Black-water fever - Number 35
Disease focus: Fever
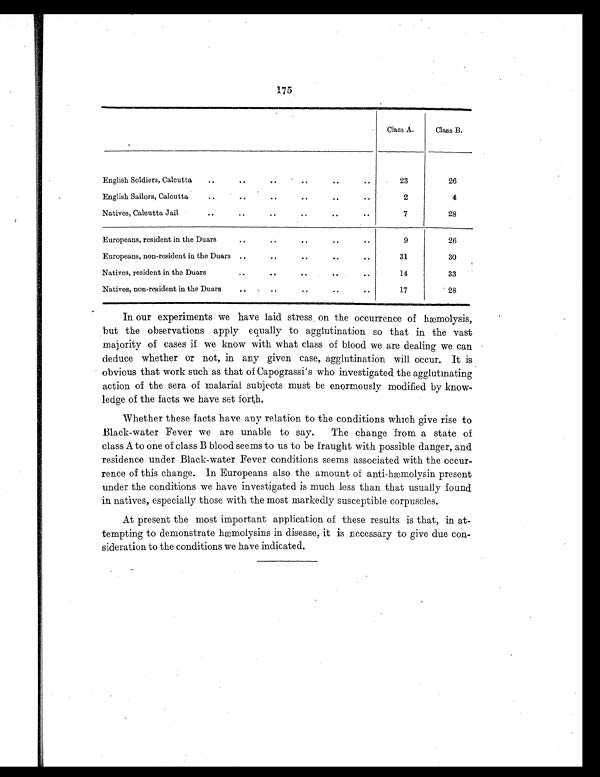
175
Class A.
Class B.
English Soldiers, Calcutta
..
. .
. .
. .
. .
..
23
26
English Sailors, Calcutta
..
. .
. .
. .
. .
. .
2
4
Natives, Calcutta Jail
..
..
..
..
. .
..
7
28
Europeans, resident in the Duars
..
..
..
. .
..
9
26
Europeans, non-resident in the Duars
. .
. .
. .
. .
. .
31
30
Natives, resident in the Duars
. .
. .
. .
. .
. .
14
33
Natives, non-resident in the Duars
..
..
. .
. .
. .
17
28
In our experiments we have laid stress on the occurrence of hæmolysis,
but the observations apply equally to agglutination so that in the vast
majority of cases if we know with what class of blood we are dealing we can
deduce whether or not, in any given case, agglutination will occur. It is
obvious that work such as that of Capograssi's who investigated the agglutinating
action of the sera of malarial subjects must be enormously modified by know-
ledge of the facts we have set forth.
Whether these facts have any relation to the conditions which give rise to
Black-water Fever we are unable to say. The change from a state of
class A to one of class B blood seems to us to be fraught with possible danger, and
residence under Black-water Fever conditions seems associated with the occur-
rence of this change. In Europeans also the amount of anti-hæmolysin present
under the conditions we have investigated is much less than that usually found
in natives, especially those with the most markedly susceptible corpuscles.
At present the most important application of these results is that, in at-
tempting to demonstrate hæmolysins in disease, it is necessary to give due con-
sideration to the conditions we have indicated.